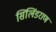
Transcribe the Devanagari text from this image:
सिलिंडराण